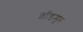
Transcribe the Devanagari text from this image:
ब्रॉडमूर